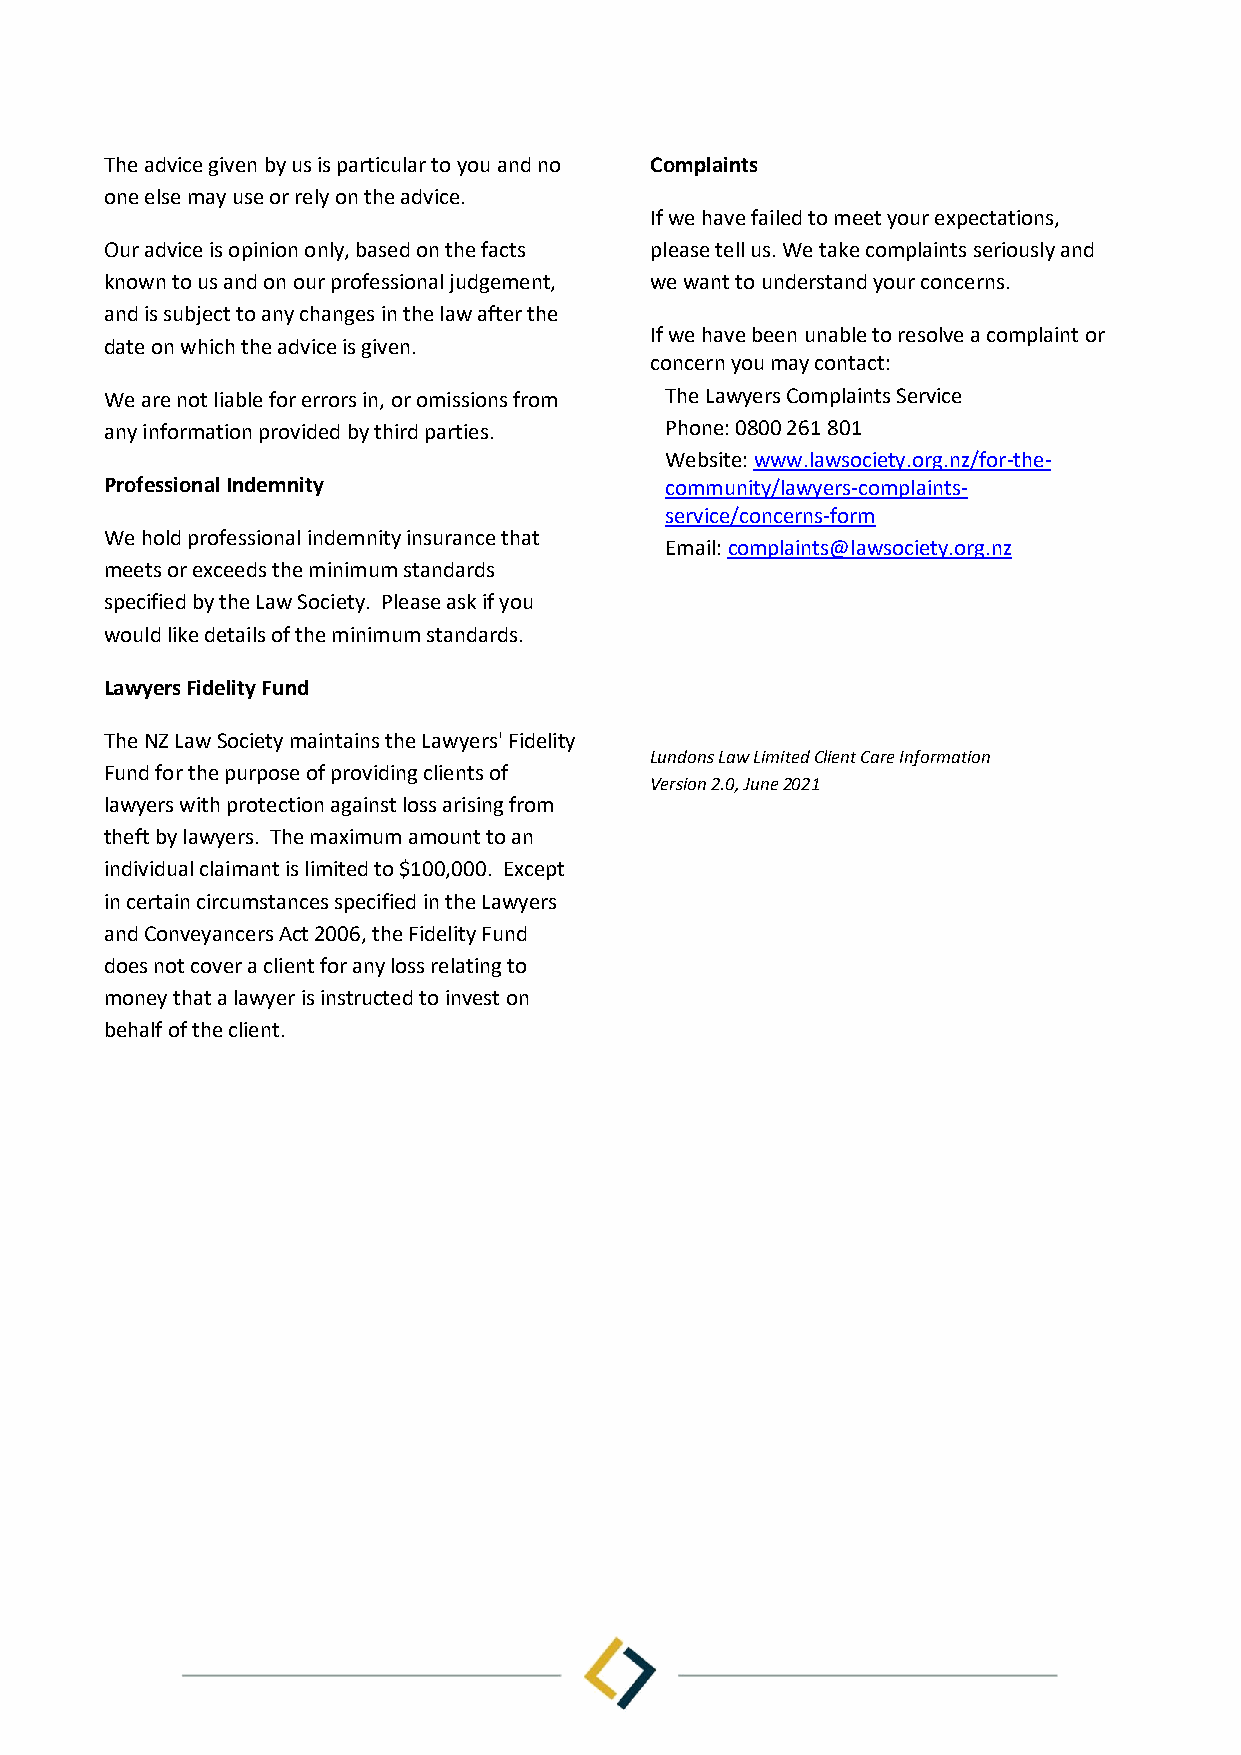
The advice given by us is particular to you and no Complaints
 one else may use or rely on the advice.
 If we have failed to meet your expectations,
 Our advice is opinion only, based on the facts please tell us. We take complaints seriously and
 known to us and on our professional judgement, we want to understand your concerns.
 and is subject to any changes in the law after the
 If we have been unable to resolve a complaint or
 date on which the advice is given.
 concern you may contact:
 We are not liable for errors in, or omissions from The Lawyers Complaints Service
 any information provided by third parties. Phone: 0800 261 801
 Website: www.lawsociety.org.nz/for-the-
 Professional Indemnity               community/lawyers-complaints-
 service/concerns-form
 We hold professional indemnity insurance that
 Email: complaints@lawsociety.org.nz
 meets or exceeds the minimum standards
 specified by the Law Society. Please ask if you
 would like details of the minimum standards.
 Lawyers Fidelity Fund
 The NZ Law Society maintains the Lawyers' Fidelity
 Lundons Law Limited Client Care Information
 Fund for the purpose of providing clients of
 Version 2.0, June 2021
 lawyers with protection against loss arising from
 theft by lawyers. The maximum amount to an
 individual claimant is limited to $100,000. Except
 in certain circumstances specified in the Lawyers
 and Conveyancers Act 2006, the Fidelity Fund
 does not cover a client for any loss relating to
 money that a lawyer is instructed to invest on
 behalf of the client.